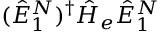
( \hat { E } _ { 1 } ^ { N } ) ^ { \dagger } \hat { H } _ { e } \hat { E } _ { 1 } ^ { N }